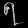
Digit: ၇